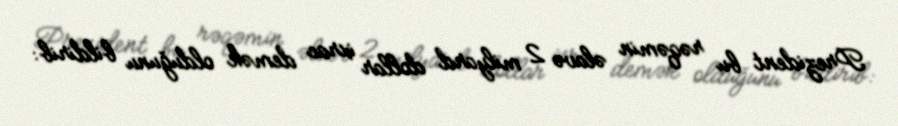
Prezident bu rəqəmin əlavə 2 milyard dollar ixrac demək olduğunu bildirib: